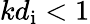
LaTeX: kd_{\mathrm{i}}<1